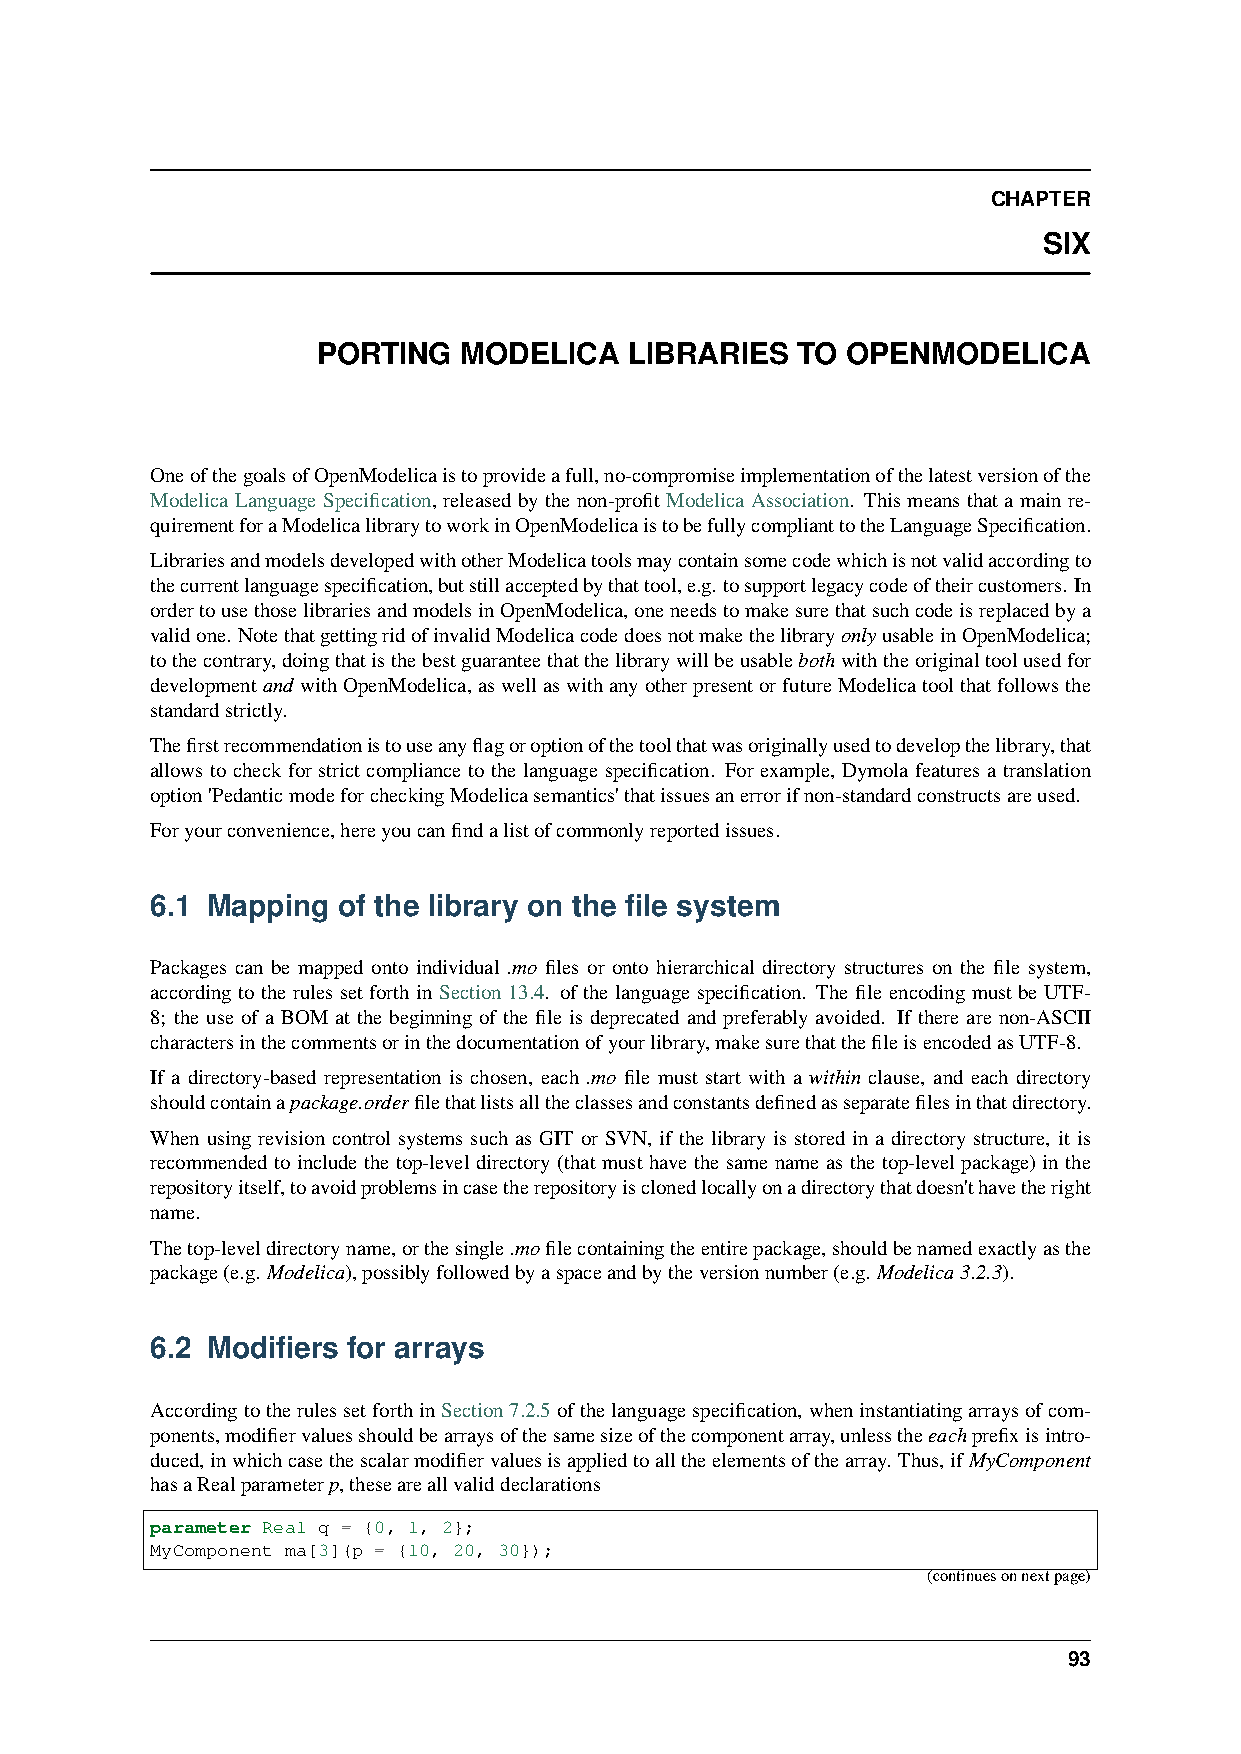
CHAPTER
 SIX
 PORTING  MODELICA    LIBRARIES  TO OPENMODELICA
 OneofthegoalsofOpenModelicaistoprovideafull,no-compromiseimplementationofthelatestversionofthe
 Modelica Language Specification, released by the non-profit Modelica Association. This means that a main re-
 quirementforaModelicalibrarytoworkinOpenModelicaistobefullycomplianttotheLanguageSpecification.
 LibrariesandmodelsdevelopedwithotherModelicatoolsmaycontainsomecodewhichisnotvalidaccordingto
 thecurrentlanguagespecification,butstillacceptedbythattool,e.g. tosupportlegacycodeoftheircustomers. In
 ordertousethoselibrariesandmodelsinOpenModelica,oneneedstomakesurethatsuchcodeisreplacedbya
 validone. NotethatgettingridofinvalidModelicacodedoesnotmakethelibraryonlyusableinOpenModelica;
 tothecontrary,doingthatisthebestguaranteethatthelibrarywillbeusablebothwiththeoriginaltoolusedfor
 developmentand withOpenModelica,aswellaswithanyotherpresentorfutureModelicatoolthatfollowsthe
 standardstrictly.
 Thefirstrecommendationistouseanyflagoroptionofthetoolthatwasoriginallyusedtodevelopthelibrary,that
 allows to check for strict compliance to the language specification. For example, Dymola features a translation
 option'PedanticmodeforcheckingModelicasemantics'thatissuesanerrorifnon-standardconstructsareused.
 Foryourconvenience,hereyoucanfindalistofcommonlyreportedissues.
 6.1 Mapping of the library on the file system
 Packages can be mapped onto individual .mo files or onto hierarchical directory structures on the file system,
 according to the rules set forth in Section 13.4. of the language specification. The file encoding must be UTF-
 8; the use of a BOM at the beginning of the file is deprecated and preferably avoided. If there are non-ASCII
 charactersinthecommentsorinthedocumentationofyourlibrary,makesurethatthefileisencodedasUTF-8.
 If a directory-based representation is chosen, each .mo file must start with a within clause, and each directory
 shouldcontainapackage.orderfilethatlistsalltheclassesandconstantsdefinedasseparatefilesinthatdirectory.
 When using revision control systems such as GIT or SVN, if the library is stored in a directory structure, it is
 recommended to include the top-level directory (that must have the same name as the top-level package) in the
 repositoryitself,toavoidproblemsincasetherepositoryisclonedlocallyonadirectorythatdoesn'thavetheright
 name.
 Thetop-leveldirectoryname,orthesingle.mofilecontainingtheentirepackage,shouldbenamedexactlyasthe
 package(e.g. Modelica),possiblyfollowedbyaspaceandbytheversionnumber(e.g. Modelica3.2.3).
 6.2 Modifiers for arrays
 AccordingtotherulessetforthinSection7.2.5ofthelanguagespecification,wheninstantiatingarraysofcom-
 ponents,modifiervaluesshouldbearraysofthesamesizeofthecomponentarray,unlesstheeachprefixisintro-
 duced,inwhichcasethescalarmodifiervaluesisappliedtoalltheelementsofthearray. Thus,ifMyComponent
 hasaRealparameterp,theseareallvaliddeclarations
 parameter Real q = {0, 1, 2};
 MyComponent ma[3](p = {10, 20, 30});
 (continuesonnextpage)
 93